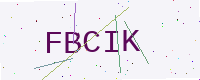
Text: FBCIK